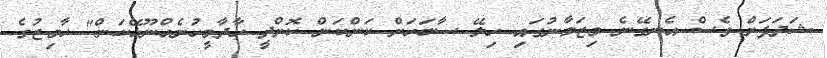
ޝަދަފަށް ވެސް އެނގޭނެ މިޒަމާނުގައި ހިލޭ ސާބަހަށް ކަންކަން ކޮށްދީ ހާދާމީހުނެއްނޫޅޭކަން" ހާމިޒުގެ